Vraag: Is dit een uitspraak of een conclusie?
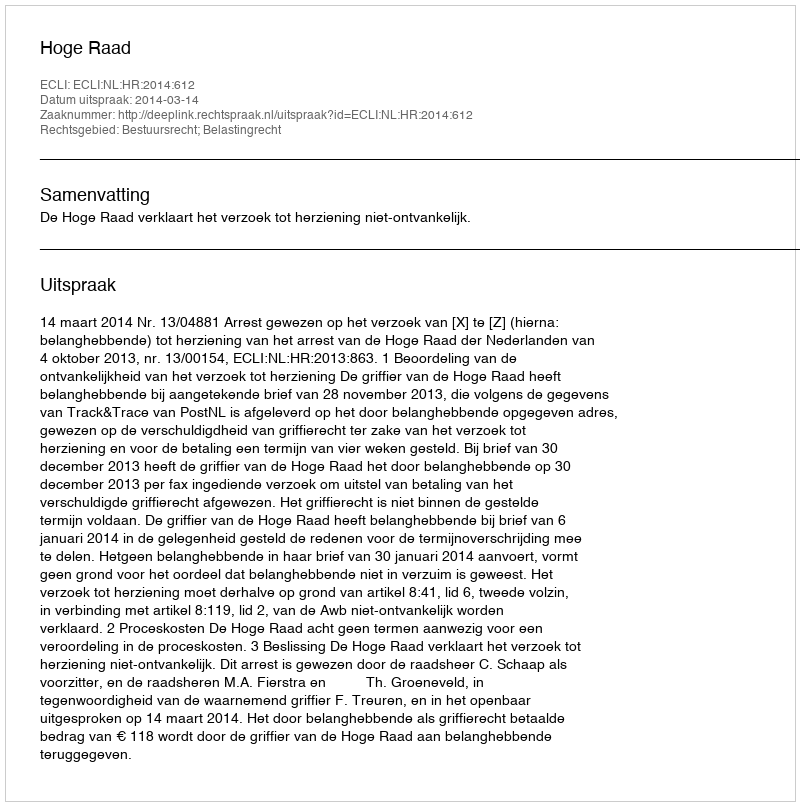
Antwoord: Uitspraak